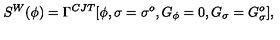
S ^ { W } ( \phi ) = \Gamma ^ { C J T } [ \phi , \sigma = \sigma ^ { o } , G _ { \phi } = 0 , G _ { \sigma } = G _ { \sigma } ^ { o } ] ,